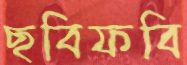
ছবিফবি